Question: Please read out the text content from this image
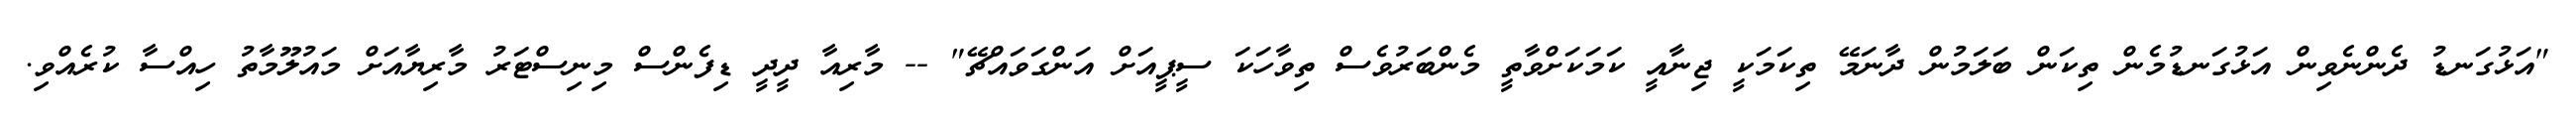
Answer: "އަޅުގަނޑު ދެންނެވިން އަޅުގަނޑުމެން ތިކަން ބަލަމުން ދާނަމޭ ތިކަމަކީ ޖިނާއީ ކަމަކަށްވާތީ މެންބަރުވެސް ތިވާހަކަ ސީޕީއަށް އަންގަވައްޗޭ" -- މާރިއާ ދީދީ ޑިފެންސް މިނިސްޓަރު މާރިޔާއަށް މައުލޫމާތު ހިއްސާ ކުރެއްވި.